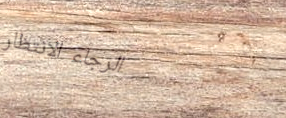
الرجاء الانتظار